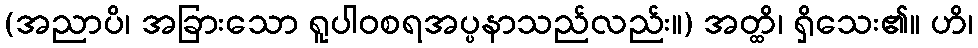
(အညာပိ၊ အခြားသော ရူပါဝစရအပ္ပနာသည်လည်း။) အတ္ထိ၊ ရှိသေး၏။ ဟိ၊